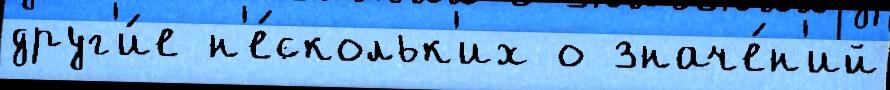
друг'и́е н'е́скольк'их о значе́н'ий